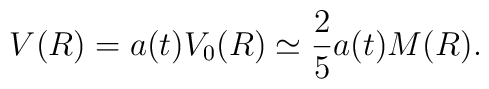
V(R) = a(t)V_0(R) \simeq  \frac{2}{5}a(t)M(R).